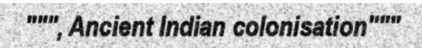
""", Ancient Indian colonisation"""